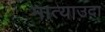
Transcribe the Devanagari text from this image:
मात्याउदा